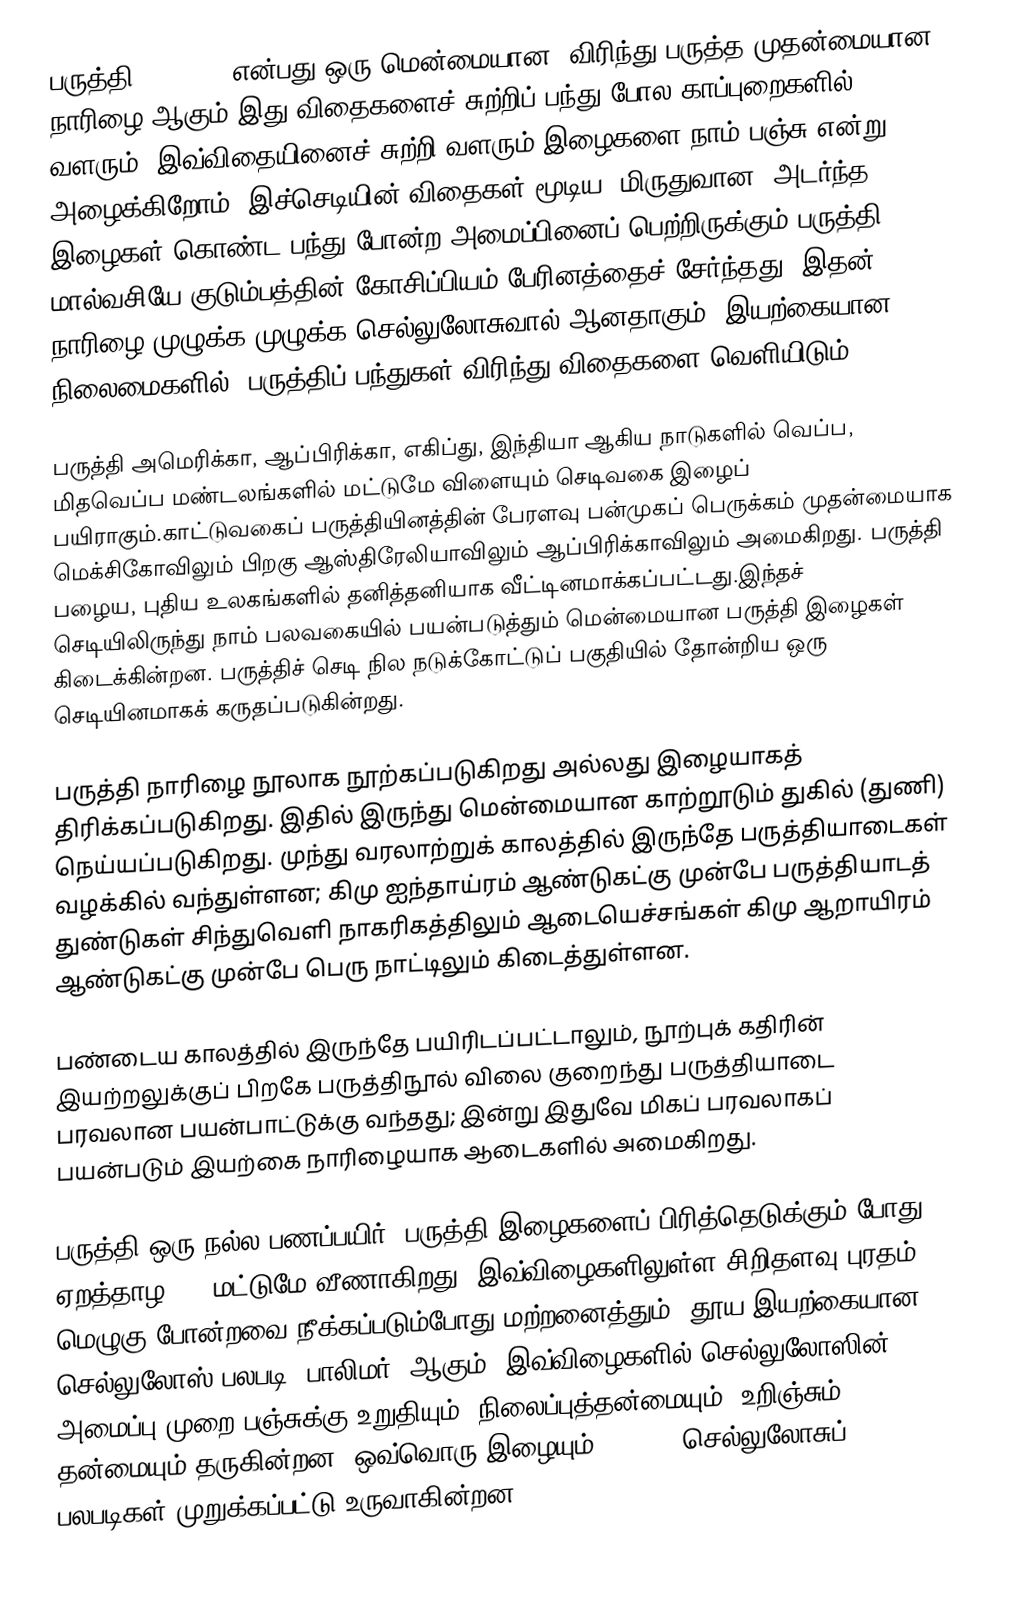
பருத்தி (Cotton) என்பது ஒரு மென்மையான, விரிந்து பருத்த முதன்மையான நாரிழை ஆகும்.இது விதைகளைச் சுற்றிப் பந்து போல காப்புறைகளில் வளரும். இவ்விதையினைச் சுற்றி வளரும் இழைகளை நாம் பஞ்சு என்று அழைக்கிறோம். இச்செடியின் விதைகள் மூடிய, மிருதுவான, அடர்ந்த இழைகள் கொண்ட பந்து போன்ற அமைப்பினைப் பெற்றிருக்கும்.பருத்தி மால்வசியே குடும்பத்தின் கோசிப்பியம் பேரினத்தைச் சேர்ந்தது. இதன் நாரிழை முழுக்க முழுக்க செல்லுலோசுவால் ஆனதாகும். இயற்கையான நிலைமைகளில், பருத்திப் பந்துகள் விரிந்து விதைகளை வெளியிடும்.

பருத்தி அமெரிக்கா, ஆப்பிரிக்கா, எகிப்து, இந்தியா ஆகிய நாடுகளில் வெப்ப,  மிதவெப்ப மண்டலங்களில் மட்டுமே விளையும் செடிவகை இழைப் பயிராகும்.காட்டுவகைப் பருத்தியினத்தின் பேரளவு பன்முகப் பெருக்கம் முதன்மையாக மெக்சிகோவிலும் பிறகு ஆஸ்திரேலியாவிலும் ஆப்பிரிக்காவிலும் அமைகிறது. பருத்தி பழைய, புதிய உலகங்களில் தனித்தனியாக வீட்டினமாக்கப்பட்டது.இந்தச் செடியிலிருந்து நாம் பலவகையில் பயன்படுத்தும் மென்மையான பருத்தி இழைகள் கிடைக்கின்றன. பருத்திச் செடி நில நடுக்கோட்டுப் பகுதியில் தோன்றிய ஒரு செடியினமாகக் கருதப்படுகின்றது.

பருத்தி நாரிழை நூலாக நூற்கப்படுகிறது அல்லது இழையாகத் திரிக்கப்படுகிறது. இதில் இருந்து மென்மையான காற்றூடும் துகில் (துணி) நெய்யப்படுகிறது. முந்து வரலாற்றுக் காலத்தில் இருந்தே பருத்தியாடைகள் வழக்கில் வந்துள்ளன; கிமு ஐந்தாய்ரம் ஆண்டுகட்கு முன்பே பருத்தியாடத் துண்டுகள் சிந்துவெளி நாகரிகத்திலும் ஆடையெச்சங்கள் கிமு ஆறாயிரம் ஆண்டுகட்கு முன்பே பெரு நாட்டிலும் கிடைத்துள்ளன.

பண்டைய காலத்தில் இருந்தே பயிரிடப்பட்டாலும், நூற்புக் கதிரின் இயற்றலுக்குப் பிறகே பருத்திநூல் விலை குறைந்து பருத்தியாடை பரவலான பயன்பாட்டுக்கு வந்தது; இன்று இதுவே மிகப் பரவலாகப் பயன்படும் இயற்கை நாரிழையாக ஆடைகளில் அமைகிறது.

பருத்தி ஒரு நல்ல பணப்பயிர். பருத்தி இழைகளைப் பிரித்தெடுக்கும் போது ஏறத்தாழ 10% மட்டுமே வீணாகிறது. இவ்விழைகளிலுள்ள சிறிதளவு புரதம், மெழுகு போன்றவை நீக்கப்படும்போது மற்றனைத்தும், தூய இயற்கையான செல்லுலோஸ் பலபடி (பாலிமர்) ஆகும். இவ்விழைகளில் செல்லுலோஸின் அமைப்பு முறை பஞ்சுக்கு உறுதியும், நிலைப்புத்தன்மையும், உறிஞ்சும் தன்மையும் தருகின்றன. ஒவ்வொரு இழையும் 20 - 30 செல்லுலோசுப் பலபடிகள் முறுக்கப்பட்டு உருவாகின்றன.